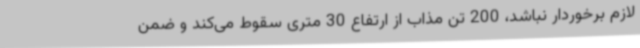
لازم برخوردار نباشد، 200 تن مذاب از ارتفاع 30 متری سقوط می‌کند و ضمن